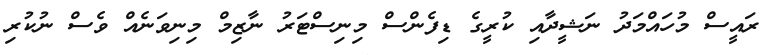
ރައީސް މުހައްމަދު ނަޝީދާއި ކުރީގެ ޑިފެންސް މިނިސްޓަރު ނާޒިމް މިނިވަނެއް ވެސް ނުކުރި